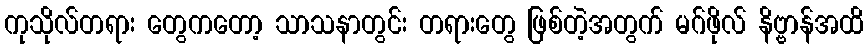
ကုသိုလ်တရား တွေကတော့ သာသနာတွင်း တရားတွေ ဖြစ်တဲ့အတွက် မဂ်ဖိုလ် နိဗ္ဗာန်အထိ